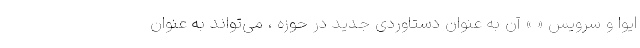
ایوا و سرویس « » آن به عنوان دستاوردی جدید در حوزه ، می‌تواند به عنوان